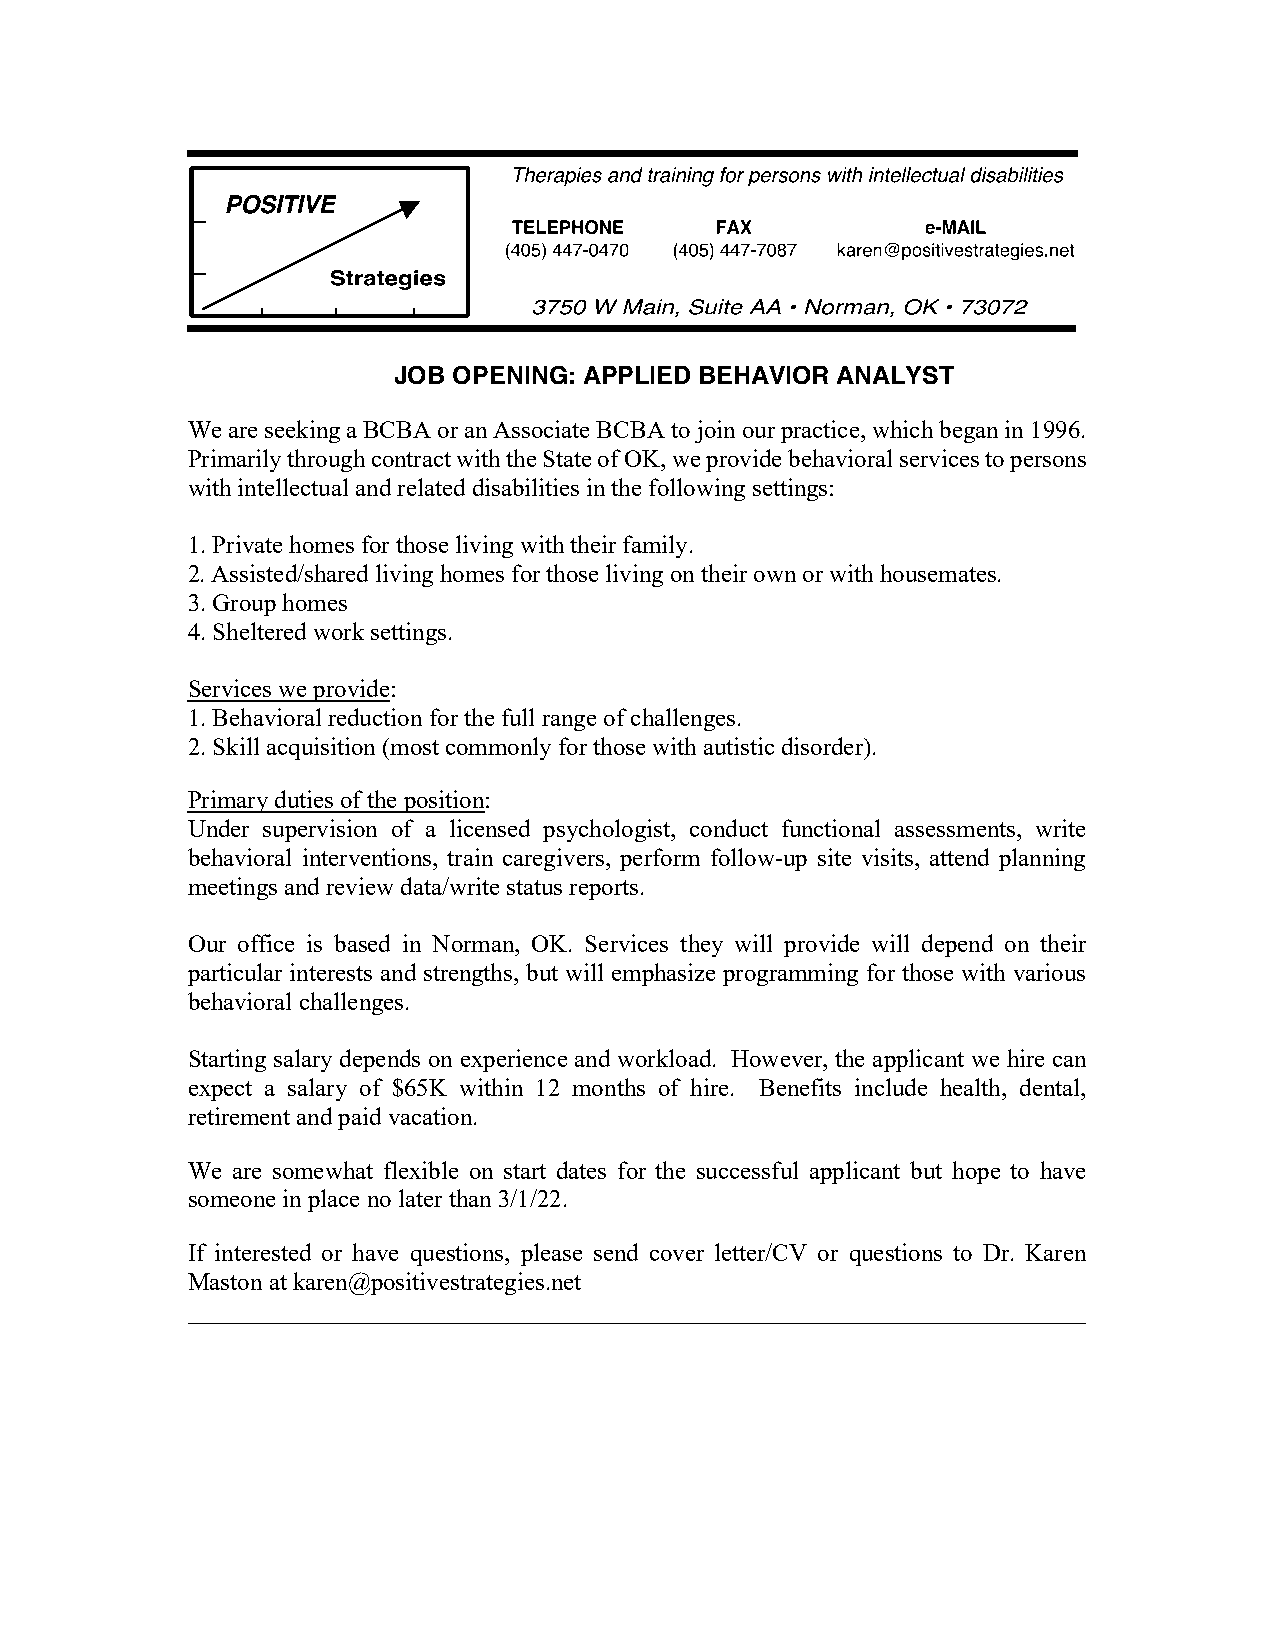
JOB OPENING: APPLIED BEHAVIOR ANALYST
 We are seeking a BCBA or an Associate BCBA to join our practice, which began in 1996.
 Primarily through contract with the State of OK, we provide behavioral services to persons
 with intellectual and related disabilities in the following settings:
 1. Private homes for those living with their family.
 2. Assisted/shared living homes for those living on their own or with housemates.
 3. Group homes
 4. Sheltered work settings.
 Services we provide:
 1. Behavioral reduction for the full range of challenges.
 2. Skill acquisition (most commonly for those with autistic disorder).
 Primary duties of the position:
 Under supervision of a licensed psychologist, conduct functional assessments, write
 behavioral interventions, train caregivers, perform follow-up site visits, attend planning
 meetings and review data/write status reports.
 Our office is based in Norman, OK. Services they will provide will depend on their
 particular interests and strengths, but will emphasize programming for those with various
 behavioral challenges.
 Starting salary depends on experience and workload. However, the applicant we hire can
 expect a salary of $65K within 12 months of hire. Benefits include health, dental,
 retirement and paid vacation.
 We are somewhat flexible on start dates for the successful applicant but hope to have
 someone in place no later than 3/1/22.
 If interested or have questions, please send cover letter/CV or questions to Dr. Karen
 Maston at karen@positivestrategies.net
 ________________________________________________________________________